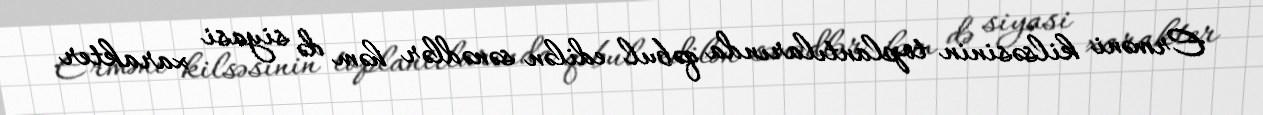
Erməni kilsəsinin toplantılarında qəbul edilən sənədlər həm də siyasi xarakter